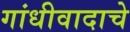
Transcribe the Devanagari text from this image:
गांधीवादाचे